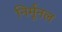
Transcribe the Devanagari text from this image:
निर्मूनल